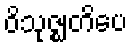
ဝိသုဇ္ဈတိပေ